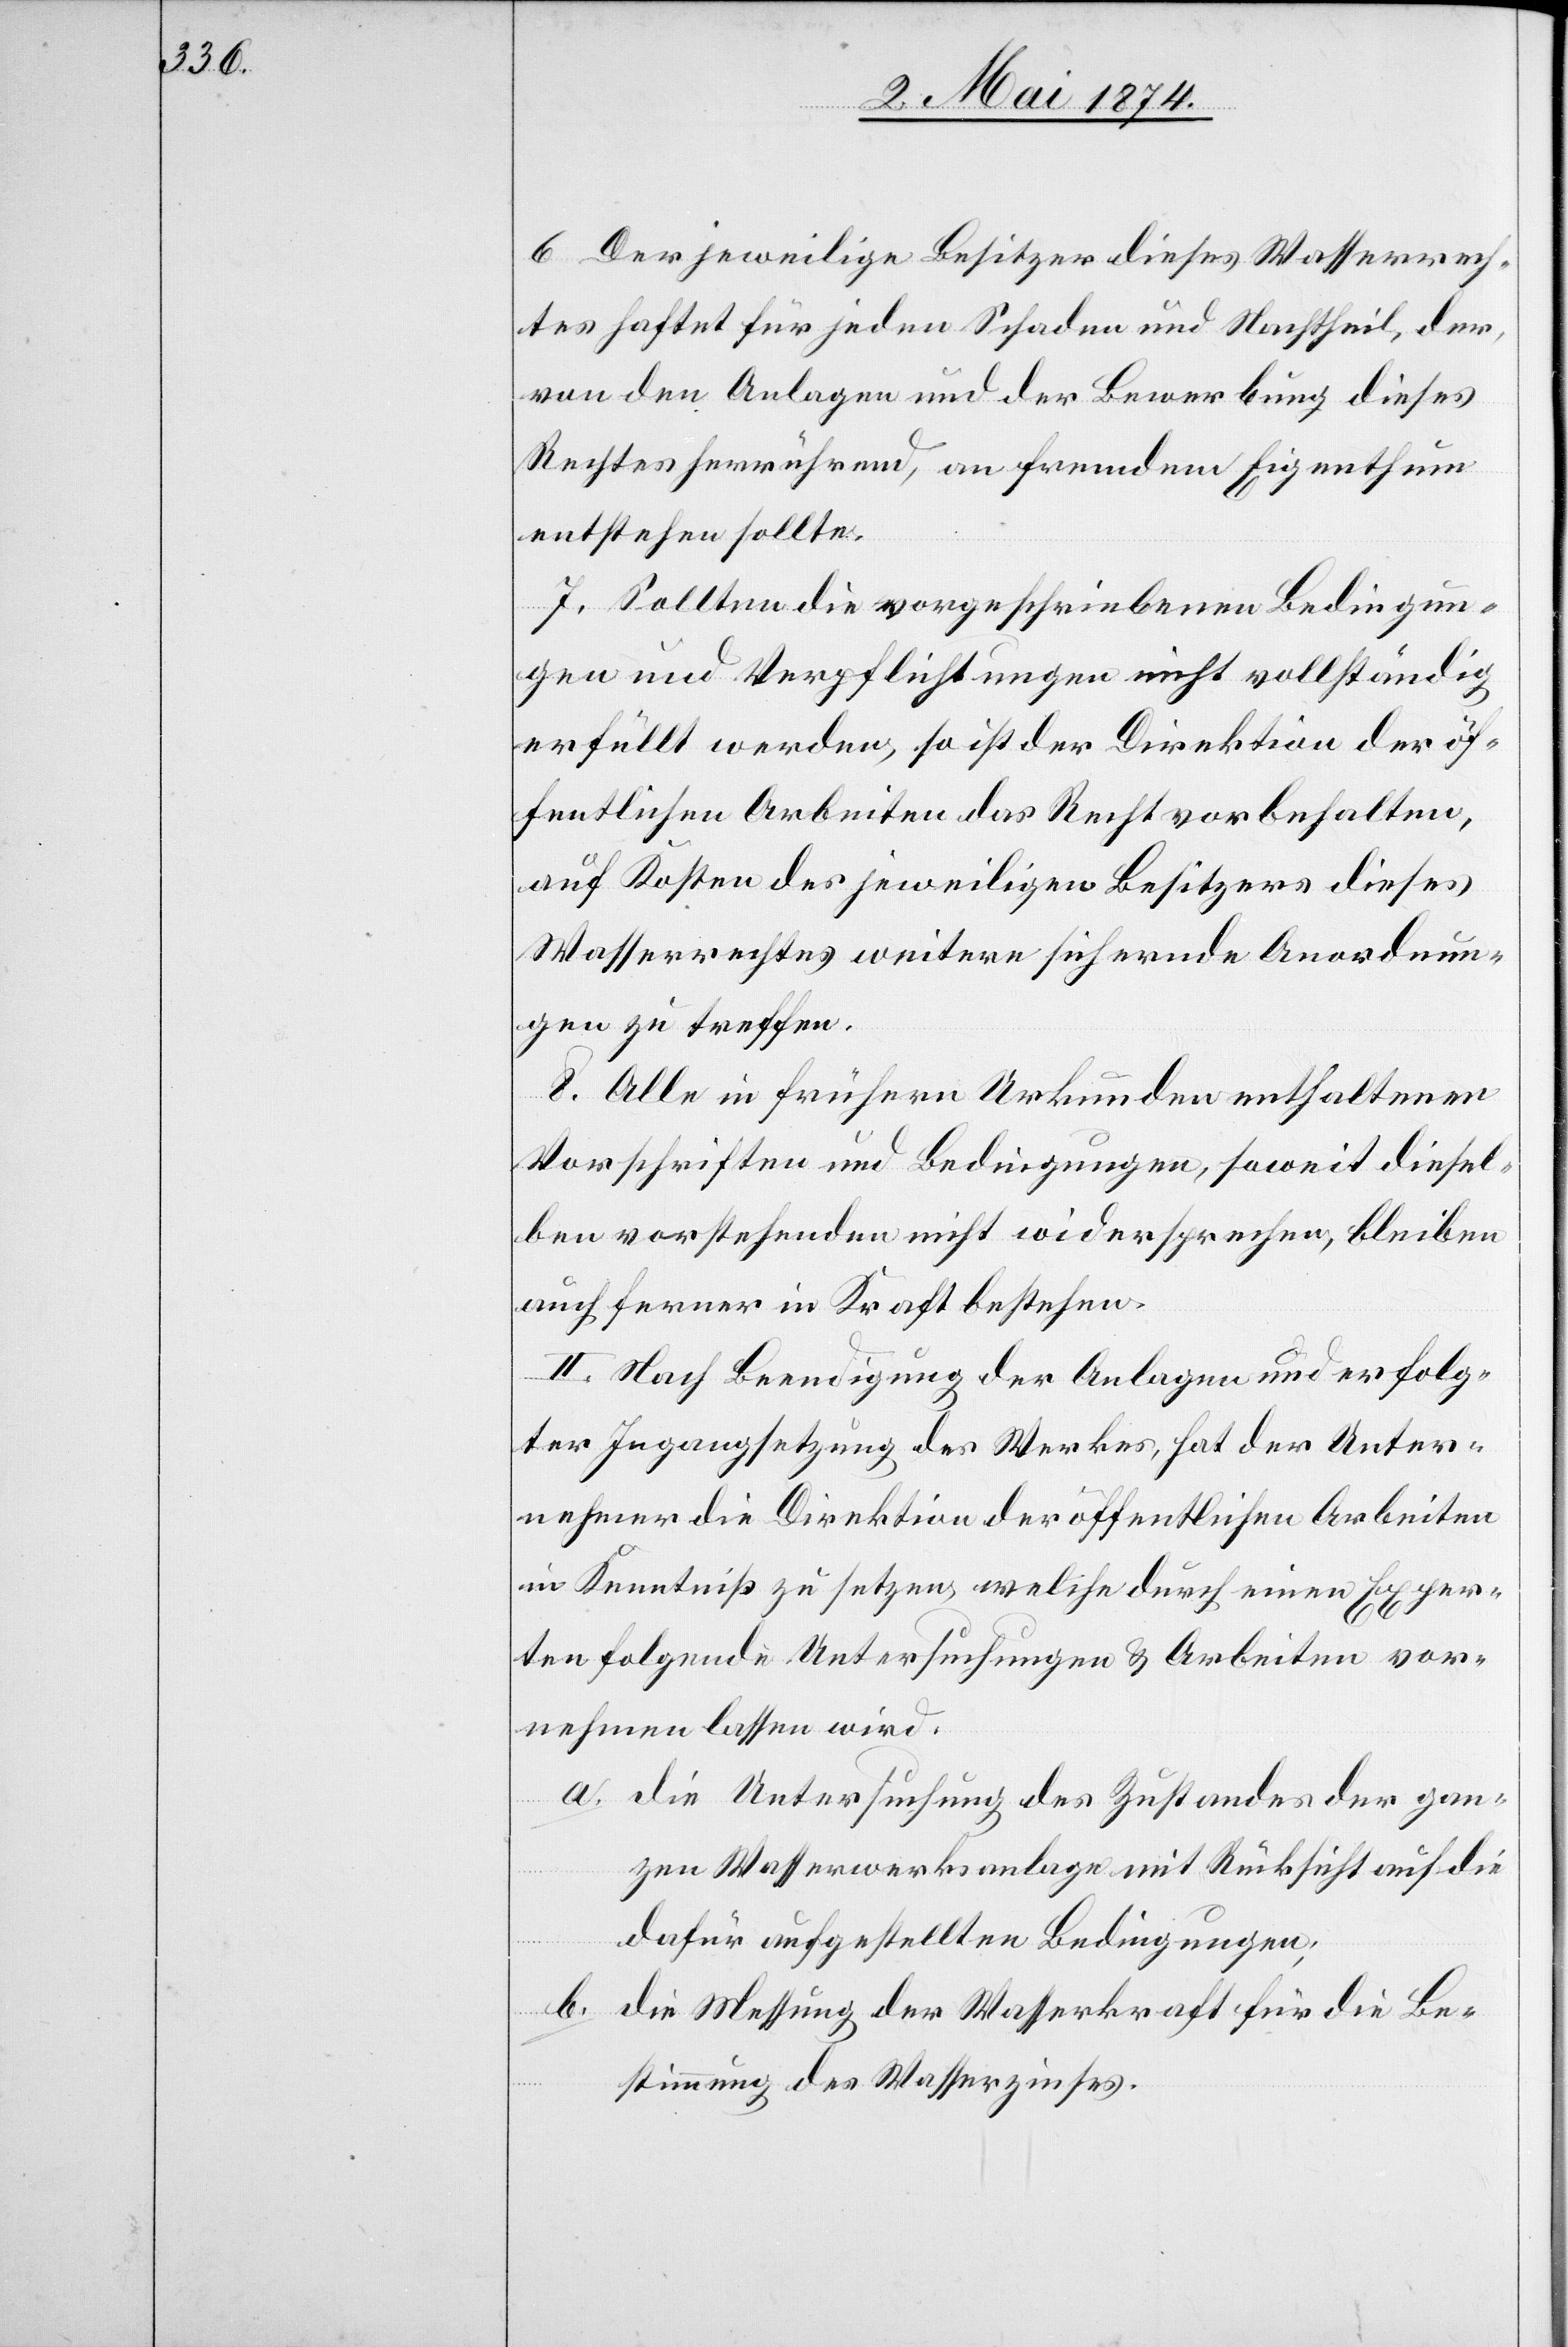
6. Der jeweilige Besitzer dieses Wasserrech¬
tes haftet für jeden Schaden und Nachtheil, der,
von den Anlagen und der Bewerbung dieses
Rechtes herrührend, an fremdem Eigenthum
entstehen sollte.
7. Sollten die vorgeschriebenen Bedingun¬
gen und Verpflichtungen nicht vollständig
erfüllt werden, so ist der Direktion der öf¬
fentlichen Arbeiten das Recht vorbehalten,
auf Kosten des jeweiligen Besitzers dieses
Wasserrechtes weitere sichernde Anordnun¬
gen zu treffen.
8. Alle in frühere Urkunden enthaltenen
Vorschriften und Bedingungen soweit diesel¬
ben vorstehenden nicht wiedersprechen, bleiben
auch ferner in Kraft bestehen.
II. Nach Beendigung der Anlagen und erfolg¬
ter Ingangsetzung des Werkes, hat der Unter¬
nehmer die Direktion der öffentlichen Arbeiten
in Kenntniß zu setzen, welche durch einen Exper¬
ten folgende Untersuchungen u. Arbeiten vor¬
nehmen lassen wird.
a. Die Untersuchung des Zustandes der gan¬
zen Wasserwerksanlage mit Rücksicht auf die
dafür aufgestellten Bedingungen;
b. die Messung der Wasserkraft für die Be¬
stimmung des Wasserzinses.